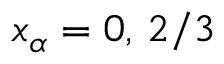
x _ { \alpha } = 0 , \, 2 / 3